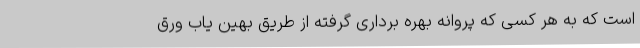
است که به هر کسی که پروانه بهره برداری گرفته از طریق بهین یاب ورق